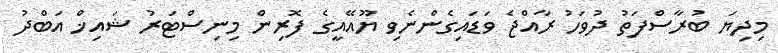
މިދިޔަ ބުރާސްފަތު ދުވަހު ރާއްޖެ ވަޑައިގެންނެވި ޔޫއޭއީގެ ފޮރިން މިނިސްޓަރު ޝައިޚް އަބްދު